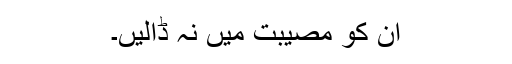
ان کو مصیبت میں نہ ڈالیں۔